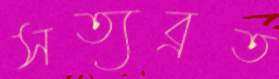
সত্যব্রত